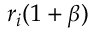
r _ { i } ( 1 + \beta )